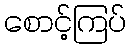
စောင့်ကြပ်